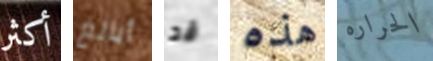
أكثر أبالغ قد هذه الحراره